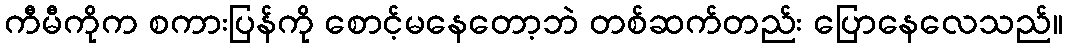
ကီမီကိုက စကားပြန်ကို စောင့်မနေတော့ဘဲ တစ်ဆက်တည်း ပြောနေလေသည်။